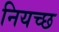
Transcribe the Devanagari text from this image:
नियच्छ